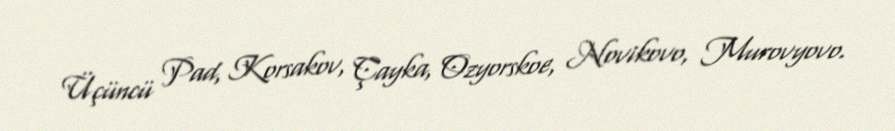
Üçüncü Pad, Korsakov, Çayka, Ozyorskoe, Novikovo, Murovyovo.